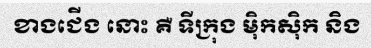
ខាងជើង នោះ គឺ ទីក្រុង ម៉ិកស៊ិក និង